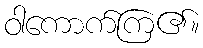
ဝါကောက်ကြ၏။